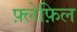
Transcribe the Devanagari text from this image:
फ़्लेफ़िल